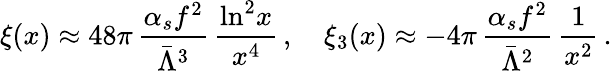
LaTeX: \xi(x)\approx 48\pi\, \frac{\alpha_{s}f^{2}}{\bar{\Lambda}^{3}}\, \frac{\ln^{2}\! x}{x^{4}}\, ,\quad\xi_{3}(x)\approx-4\pi\, \frac{\alpha_{s}f^{2}}{\bar{\Lambda}^{2}}\, \frac{1}{x^{2}}\, .